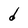
Character: d